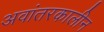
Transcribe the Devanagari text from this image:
अवांतरकालीन